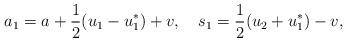
LaTeX: \begin{align*}a_1=a+\frac{1}{2}(u_1-u_1^*)+v,\quad s_1=\frac{1}{2}(u_2+u_1^*)-v,\end{align*}